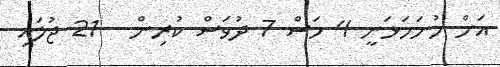
އަށް ހުށަހަޅަނީ 4 މަސް 7 ދުވަސް ކުރިން - 21 ޖުލައި